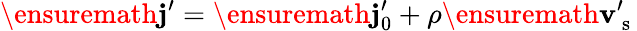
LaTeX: \ensuremath{\mathbf{j}}^{\prime}=\ensuremath{\mathbf{j}_{0}^{\prime}}+\rho\ensuremath{\mathbf{v}}_{\mathrm{~s~}}^{\prime}